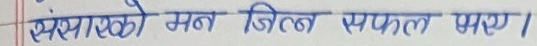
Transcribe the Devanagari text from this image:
संसारको मन जित सफल भए।